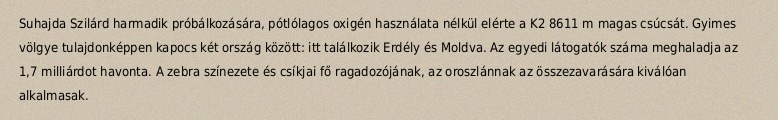
Suhajda Szilárd harmadik próbálkozására, pótlólagos oxigén használata nélkül elérte a K2 8611 m magas csúcsát. Gyimes völgye tulajdonképpen kapocs két ország között: itt találkozik Erdély és Moldva. Az egyedi látogatók száma meghaladja az 1,7 milliárdot havonta. A zebra színezete és csíkjai fő ragadozójának, az oroszlánnak az összezavarására kiválóan alkalmasak.